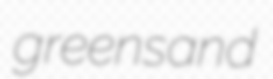
greensand